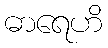
ဓာရေဟိ